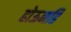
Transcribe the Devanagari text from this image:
होऊनहि